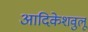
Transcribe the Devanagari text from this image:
आदिकेशवुलू